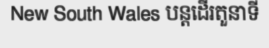
New South Wales បន្តដើរតួនាទី